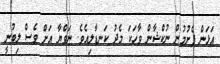
އަޅަން ފެށުމުން ނުކްޝާން ވާހަކަ މެދު ކަނޑާލިއެވެ. ނަވްޔާ އަށް ވެސް ލިބުނީ